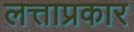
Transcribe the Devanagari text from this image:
लत्ताप्रकार